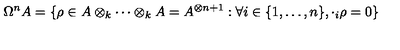
\Omega ^ { n } A = \{ \rho \in A \otimes _ { k } \cdots \otimes _ { k } A = A ^ { \otimes n + 1 } : \forall i \in \{ 1 , \ldots , n \} , \cdot _ { i } \rho = 0 \}